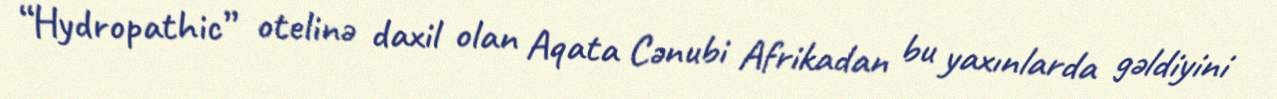
“Hydropathic” otelinə daxil olan Aqata Cənubi Afrikadan bu yaxınlarda gəldiyini